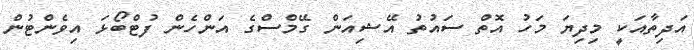
އަދިތާއަކީ މިދިޔަ މަހު އޮތް ސައުތު އޭޝިއަން ގޭމްސްގެ އަންހެން ފުޓްބޯޅަ އިވެންޓުން